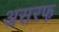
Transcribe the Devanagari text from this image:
असरफ